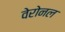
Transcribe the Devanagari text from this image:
वेरोनल